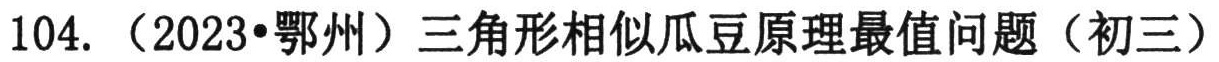
104. （2023•鄂州）三角形相似瓜豆原理最值问题（初三）